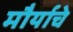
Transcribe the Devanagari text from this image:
मौर्याचे